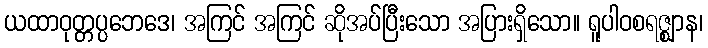
ယထာဝုတ္တပ္ပဘေဒေ၊ အကြင် အကြင် ဆိုအပ်ပြီးသော အပြားရှိသော။ ရူပါဝစရဇ္ဈာန၊